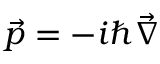
{ \vec { p } } = - i \hbar { \vec { \nabla } }